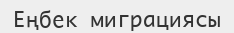
Еңбек миграциясы